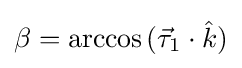
\beta =\arccos {({\vec {\tau }}_{1}\cdot {\hat {k}})}